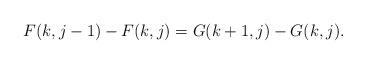
LaTeX: \begin{align*} F(k,j-1)-F(k,j)=G(k+1,j)-G(k,j).\end{align*}